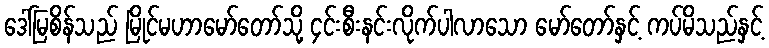
ဒေါ်မြစိန်သည် မြိုင်မဟာမော်တော်သို့ ၄င်းစီးနင်းလိုက်ပါလာသော မော်တော်နှင့် ကပ်မိသည်နှင့်